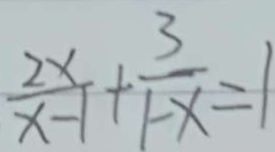
\frac { 2 x } { x - 1 } + \frac { 3 } { 1 - x } = 1